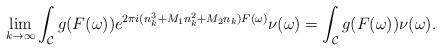
LaTeX: \begin{align*}\lim_{k\rightarrow\infty}\int_\mathcal C g(F(\omega))e^{2\pi i(n_k^3+M_1n_k^2+M_2n_k)F(\omega)}\nu(\omega)=\int_\mathcal C g(F(\omega))\nu(\omega).\end{align*}